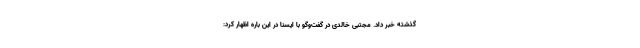
گذشته خبر داد. مجتبی خالدی در گفت‌وگو با ایسنا در این باره اظهار کرد: